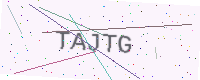
Text: TAJTG